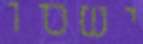
ישסו